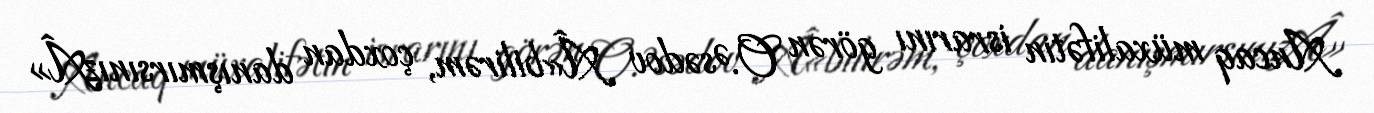
Ancaq müxalifətin israrını görən O.Əsədov Â«bilirəm, çoxdan danışmırsınızÂ»